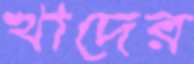
খাদের